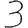
Digit: 3